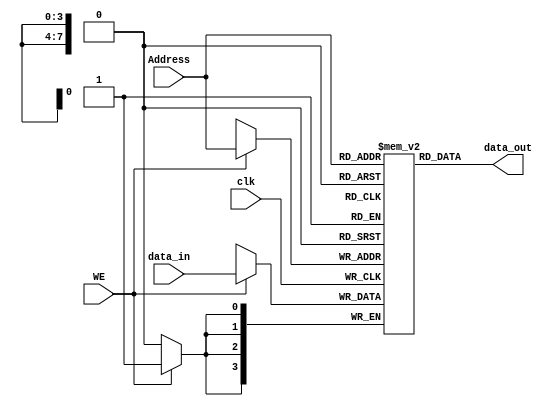
`timescale 1ns / 1ps
//////////////////////////////////////////////////////////////////////////////////
// Company: 
// Engineer: 
// 
// Design Name: 
// Module Name: SRAM
// Project Name: 
// Target Devices: 
// Tool Versions: 
// Description: 
// 
// Dependencies: 
// 
// Revision:
// Revision 0.01 - File Created
// Additional Comments:
// 
//////////////////////////////////////////////////////////////////////////////////


module SRAM(
 input [3 : 0 ]     data_in,
 input [ 7 : 0 ]  Address,
 input WE, clk,
 output [3: 0] data_out
    );
    
    reg [3:0]SRAM [255: 0];
    reg [7: 0] Address_Reg;
    always @ (posedge clk)
    begin
    if (WE)    SRAM[Address] <= data_in; 
    Address_Reg <= Address;
    end 
    assign data_out = SRAM[Address];
endmodule